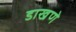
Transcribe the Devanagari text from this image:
डाखणे